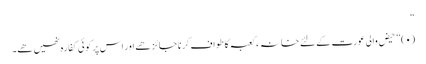
“
(۰) ” حیض والی عورت کے لئے خانہ ء کعبہ کا طواف کرنا جائز ھے اور اس پر کوئی کفارہ نھیں ھے۔